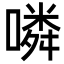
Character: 噒